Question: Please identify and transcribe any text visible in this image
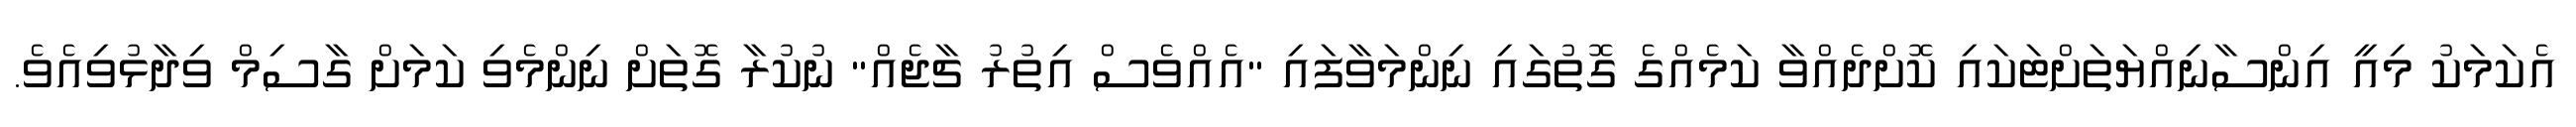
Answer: އެކަމަކު މިއީ އިންސާނިއްޔަތަށްޓަކައި ކޮށްދެއްވާ ކަމެއްގެ ގޮތުގައި ނިންމަވާފައި "އެއްވެސް އިތުރު ޗާޖެއް" ނުކުރާ ގޮތަށް ނިންމެވި ކަމަށް ގާސިމް ވިދާޅުވިއެވެ.